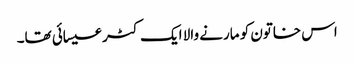
اس خاتون کو مارنے والا ایک کٹر عیسائی تھا۔